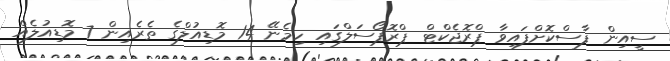
ސީއިން ފާސްކޮށްފައިވާ ޕްރޮޖެކްޓް ޕްރޮޕޯސަލްގައި ހިމެނޭ 14 މޮޑިއުލްގެ ތެރެއިން 7 މޮޑިއުލެއް